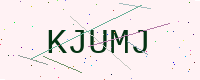
Text: KJUMJ